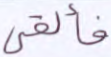
فألقي